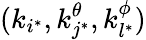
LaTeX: (k_{i^{*}},k_{j^{*}}^{\theta},k_{l^{*}}^{\phi})